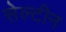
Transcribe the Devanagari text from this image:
सेल्टीन